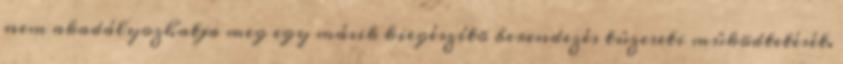
nem akadályozhatja meg egy másik kiegészítõ berendezés tûzeseti mûködtetését.